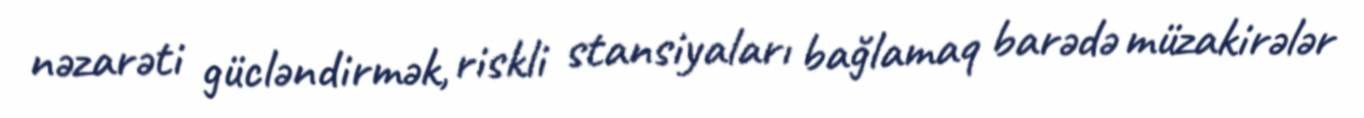
nəzarəti gücləndirmək, riskli stansiyaları bağlamaq barədə müzakirələr